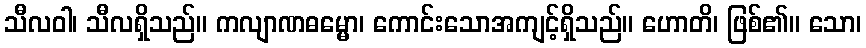
သီလဝါ၊ သီလရှိသည်။ ကလျာဏဓမ္မော၊ ကောင်းသောအကျင့်ရှိသည်။ ဟောတိ၊ ဖြစ်၏။ သော၊